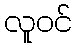
လူဝင်